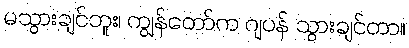
မသွားချင်ဘူး၊ ကျွန်တော်က ဂျပန် သွားချင်တာ။